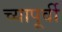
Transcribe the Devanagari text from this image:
च्यापूर्वी